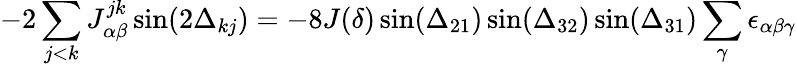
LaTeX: -2\sum_{j<k}J_{\alpha\beta}^{jk}\sin(2\Delta_{kj})=-8J(\delta)\sin(\Delta_{21})\sin(\Delta_{32})\sin(\Delta_{31})\sum_{\gamma}\epsilon_{\alpha\beta\gamma}